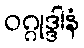
ဝဂ္ဂုဒ္ဒါနံ